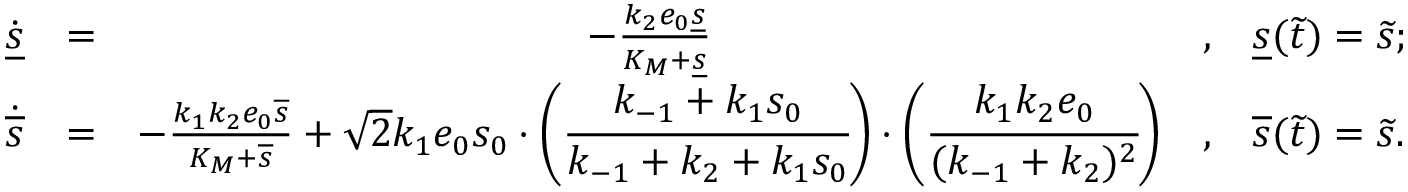
\begin{array} { r c c c l } { \dot { \underline { { s } } } } & { = } & { - \frac { k _ { 2 } e _ { 0 } \underline { { s } } } { K _ { M } + \underline { { s } } } } & { , } & { \underline { { s } } ( \widetilde t ) = \widetilde s ; } \\ { \dot { \overline { { s } } } } & { = } & { - \frac { k _ { 1 } k _ { 2 } e _ { 0 } \overline { { s } } } { K _ { M } + \overline { { s } } } + \sqrt 2 k _ { 1 } e _ { 0 } s _ { 0 } \cdot \bigg ( \cfrac { k _ { - 1 } + k _ { 1 } s _ { 0 } } { k _ { - 1 } + k _ { 2 } + k _ { 1 } s _ { 0 } } \bigg ) \cdot \bigg ( \cfrac { k _ { 1 } k _ { 2 } e _ { 0 } } { ( k _ { - 1 } + k _ { 2 } ) ^ { 2 } } \bigg ) } & { , } & { \overline { { s } } ( \widetilde t ) = \widetilde s . } \end{array}